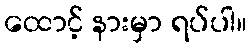
ထောင့် နားမှာ ရပ်ပါ။